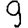
Digit: 9